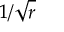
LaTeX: { 1 } / { \sqrt { r } }